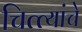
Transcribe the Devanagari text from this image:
चित्त्यांचे